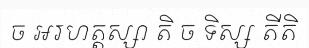
ច អរហត្តស្សា តិ ច ទិស្ស តីតិ